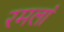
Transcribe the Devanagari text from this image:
रमलां